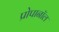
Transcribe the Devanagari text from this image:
प्रोपानॉल